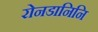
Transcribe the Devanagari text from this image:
रोनडानिनि